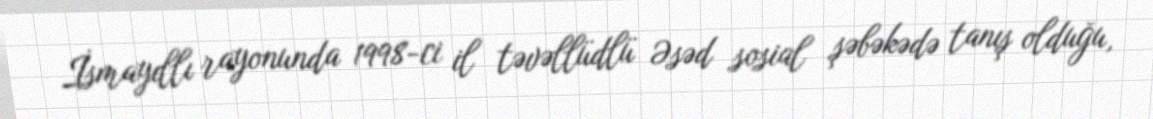
İsmayıllı rayonunda 1998-ci il təvəllüdlü Əsəd sosial şəbəkədə tanış olduğu,